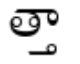
త్తా